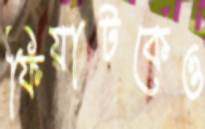
ফিয়াটকেও